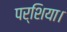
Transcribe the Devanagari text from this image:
पर्शिया।